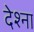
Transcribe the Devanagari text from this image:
देश्ना